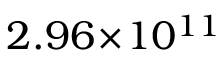
2 . 9 6 \! \times \! 1 0 ^ { 1 1 }